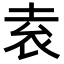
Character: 𡋡